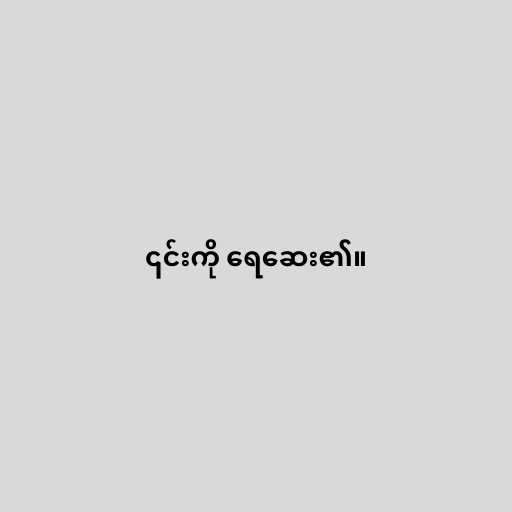
၎င်းကို ရေဆေး၏။